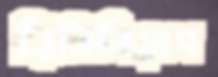
রিবিলিয়াস